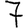
Digit: 7